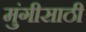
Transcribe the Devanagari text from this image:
मुंगीसाठी